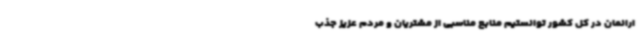
ارانمان در کل کشور توانستیم منابع مناسبی از مشتریان و مردم عزیز جذب